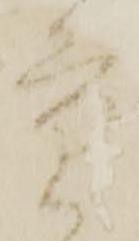
重